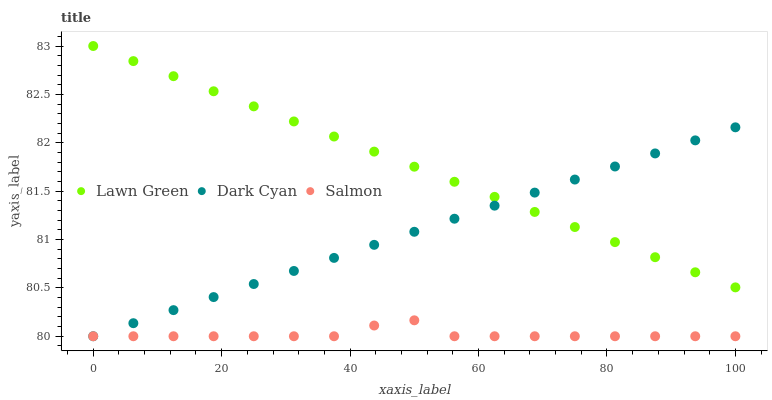
| xaxis_label | Lawn Green | Dark Cyan | Salmon |
 | --- | --- | --- | --- |
 | 0 | 83 | 80 | 80 |
 | 6.25 | 82.8 | 80.1 | 80 |
 | 12.5 | 82.7 | 80.3 | 80 |
 | 18.8 | 82.5 | 80.4 | 80 |
 | 25 | 82.4 | 80.5 | 80 |
 | 31.2 | 82.2 | 80.7 | 80 |
 | 37.5 | 82.1 | 80.8 | 80 |
 | 43.8 | 81.9 | 80.9 | 80.1 |
 | 50 | 81.8 | 81.1 | 80.2 |
 | 56.2 | 81.6 | 81.2 | 80 |
 | 62.5 | 81.4 | 81.3 | 80 |
 | 68.8 | 81.3 | 81.5 | 80 |
 | 75 | 81.1 | 81.6 | 80 |
 | 81.2 | 81 | 81.8 | 80 |
 | 87.5 | 80.8 | 81.9 | 80 |
 | 93.8 | 80.7 | 82 | 80 |
 | 100 | 80.5 | 82.2 | 80 |